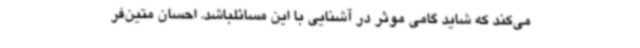
می‌کند که شاید گامی موثر در آشنایی با این مسائلباشد. احسان متین‌فر